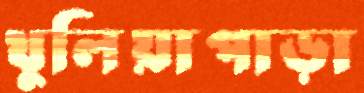
খুলিয়াপাড়া